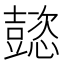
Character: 𢤥